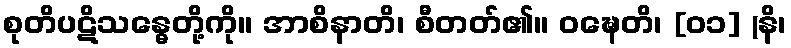
စုတိပဋိသန္ဓေတို့ကို။ အာစိနာတိ၊ စီတတ်၏။ ဝဍ္ဎေတိ၊ [၀၁] (နိ၊